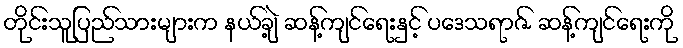
တိုင်းသူပြည်သားများက နယ်ချဲ့ ဆန့်ကျင်ရေးနှင့် ပဒေသရာဇ် ဆန့်ကျင်ရေးကို